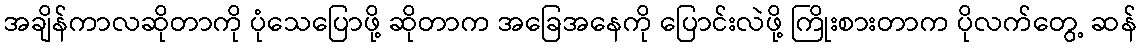
အချိန်ကာလဆိုတာကို ပုံသေပြောဖို့ ဆိုတာက အခြေအနေကို ပြောင်းလဲဖို့ ကြိုးစားတာက ပိုလက်တွေ့ ဆန်